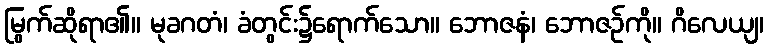
မြွက်ဆိုရာ၏။ မုခဂတံ၊ ခံတွင်း၌ရောက်သော။ ဘောဇနံ၊ ဘောဇဉ်ကို။ ဂိလေယျ၊